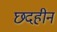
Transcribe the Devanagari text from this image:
छदहीन